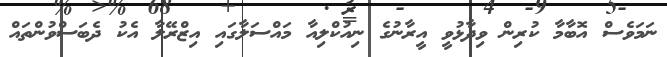
ނަމަވެސް އޮބާމާ ކުރިން ވިދާޅުވީ އީރާނުގެ ނިއުކްލިއާ މައްސަލާގައި އިޒްރޭލާ އެކު ދެބަސްވުންތައް